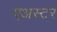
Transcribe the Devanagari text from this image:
एअस्टर